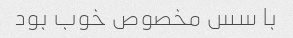
با سس مخصوص خوب بود